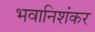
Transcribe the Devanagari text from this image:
भवानिशंकर